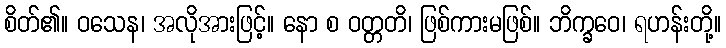
စိတ်၏။ ဝသေန၊ အလိုအားဖြင့်။ နော စ ဝတ္တတိ၊ ဖြစ်ကားမဖြစ်။ ဘိက္ခဝေ၊ ရဟန်းတို့။